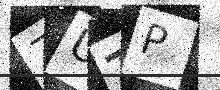
Text: 7UTP